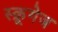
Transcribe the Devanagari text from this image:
स्क्रूगेज